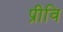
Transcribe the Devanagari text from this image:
प्रीवि